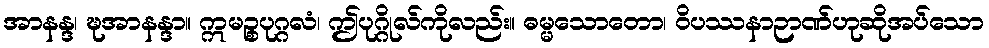
အာနန္ဒ၊ ဍ္ဎအာနန္ဒာ။ ဣမဉ္စပုဂ္ဂလံ၊ ဤပုဂ္ဂိုလ်ကိုလည်း။ ဓမ္မသောတော၊ ဝိပဿနာဉာဏ်ဟုဆိုအပ်သော